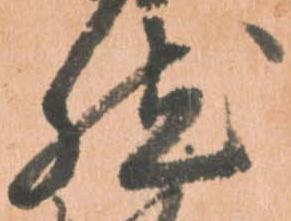
然